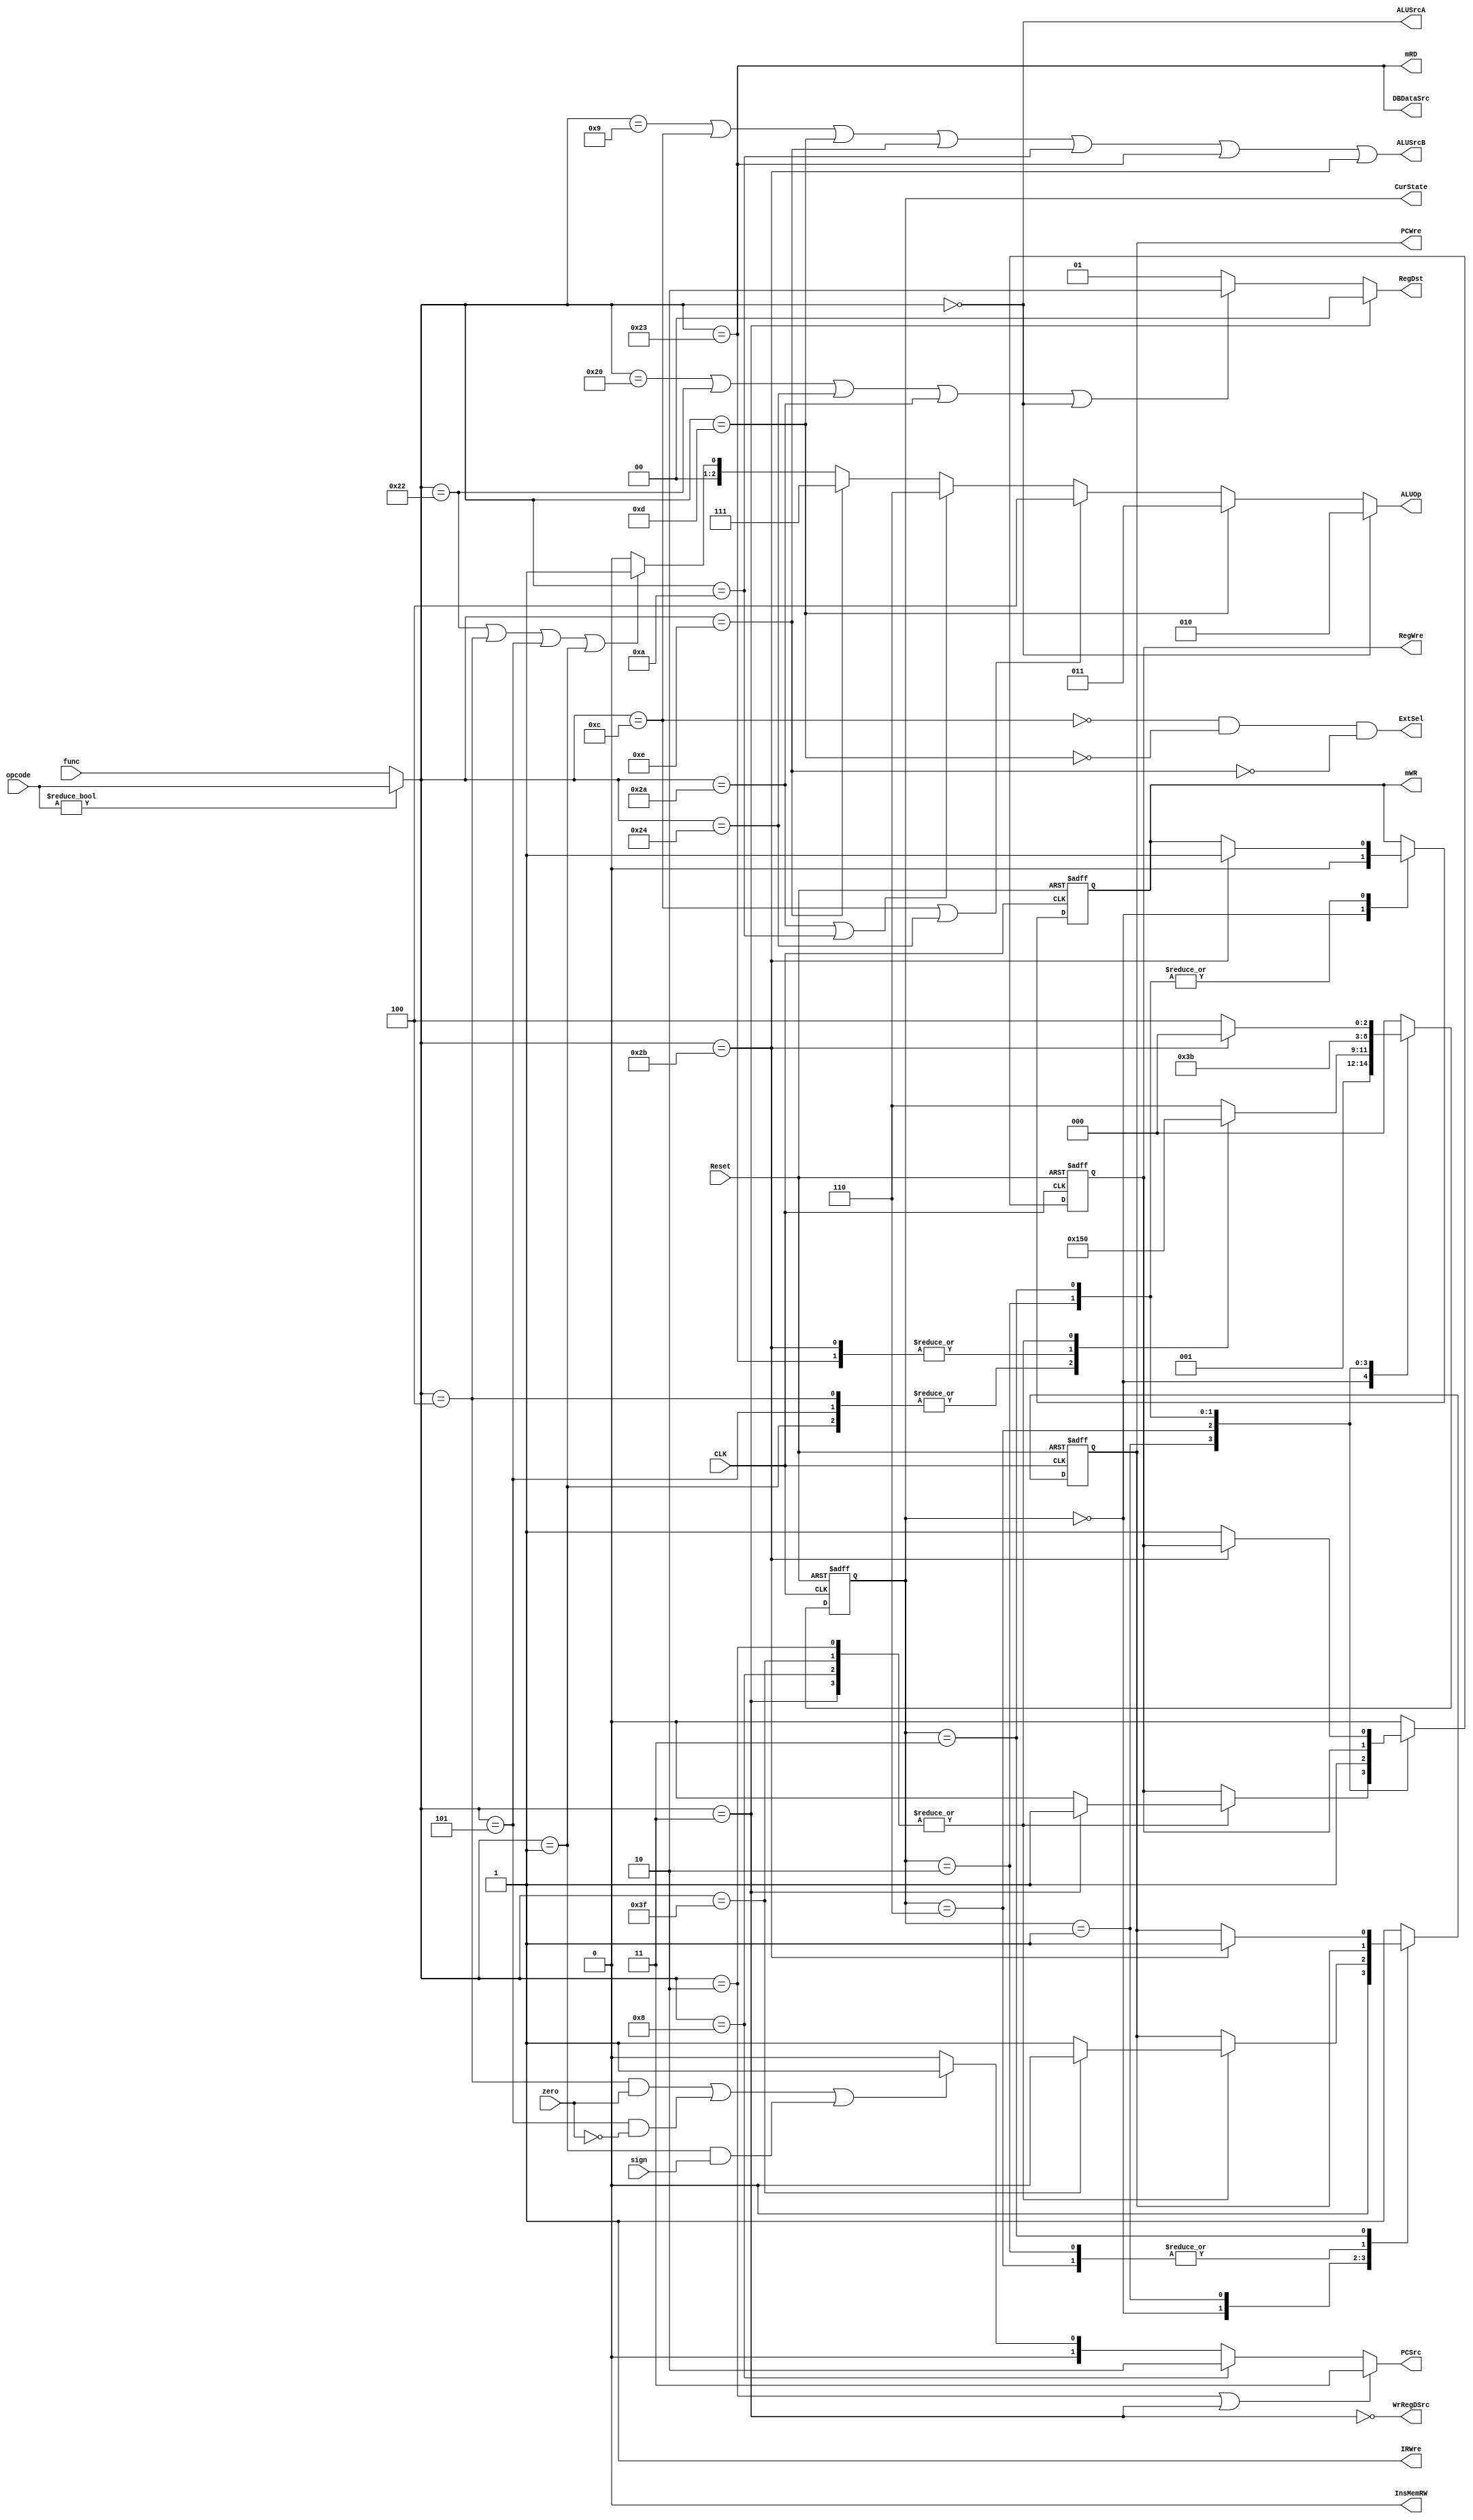
`timescale 1ns / 1ps
//////////////////////////////////////////////////////////////////////////////////
// Company: 
// Engineer: 
// 
// Design Name: 
// Module Name: ControlUnit
// Project Name: 
// Target Devices: 
// Tool Versions: 
// Description: 
// 
// Dependencies: 
// 
// Revision:
// Revision 0.01 - File Created
// Additional Comments:
// 
//////////////////////////////////////////////////////////////////////////////////


module ControlUnit(
    input CLK,
    input Reset,
    input zero,
    input sign,
    input[5:0] opcode,      //up 6 bits of instruction, if opcode == 000000, use func
    input[5:0] func,        //low 6 bits of instruction
    output reg PCWre,
    output reg[1:0] PCSrc,
    output reg ExtSel,
    output reg ALUSrcA,
    output reg ALUSrcB,
    output reg[2:0] ALUOp,
    output reg RegWre,
    output reg[1:0] RegDst,
    output reg mRD,
    output reg mWR,
    output reg DBDataSrc,
    output reg InsMemRW,
    output reg WrRegDSrc,
    output reg IRWre,
    output reg[2:0] CurState
    );
    
    //if opcode == 000000, then replace opcode with func
    wire[5:0] _opcode = opcode ? opcode : func;    
    //opcode ref 
    parameter ADD =     6'b100000;
    parameter SUB =     6'b100010;
    parameter ADDIU =   6'b001001;
    parameter ANDI =    6'b001100;
    parameter AND =     6'b100100;
    parameter ORI =     6'b001101;
    parameter OR =      6'b100101;
    parameter SLL =     6'b000000;
    parameter SLTI =    6'b001010;
    parameter SW =      6'b101011;
    parameter LW =      6'b100011;
    parameter BEQ =     6'b000100;
    parameter BNE =     6'b000101;
    parameter BLTZ =    6'b000001;
    parameter J =       6'b000010;
    parameter HALT =    6'b111111;
    parameter XORI =    6'b001110;
    parameter SLT =     6'b101010;
    parameter JR =      6'b001000;
    parameter JAL =     6'b000011;
    //ALUop ref
    parameter opADD =    3'b000;//ADD, ADDIU
    parameter opSUB =    3'b001;//SUB, BEQ, BNE, BLTE
    parameter opSLL =    3'b010;//SLL
    parameter opOR =     3'b011;//ORI, OR
    parameter opAND =    3'b100;//ANDI, AND
    parameter opSLTU =   3'b101;
    parameter opSLT =    3'b110;
    parameter opXOR =    3'b111;    
    //state
    parameter IF =       3'b000;
    parameter ID =       3'b001;
    parameter EXELS =    3'b010;//LW SW
    parameter MEM =      3'b011;
    parameter WBL=       3'b100;//LW
    parameter EXEBR =    3'b101;//BRANCH
    parameter EXEAL =    3'b110;//Arithmetic and Logic
    parameter WBAL =     3'b111;
    
    wire IS_ADD =       (_opcode == ADD);
    wire IS_SUB =       (_opcode == SUB);
    wire IS_ADDIU =     (_opcode == ADDIU);
    wire IS_ANDI =      (_opcode == ANDI);
    wire IS_AND =       (_opcode == AND);
    wire IS_ORI =       (_opcode == ORI);
    wire IS_OR =        (_opcode == OR);
    wire IS_SLL =       (_opcode == SLL);
    wire IS_SLTI =      (_opcode == SLTI);
    wire IS_SW =        (_opcode == SW);
    wire IS_LW =        (_opcode == LW);
    wire IS_BEQ =       (_opcode == BEQ);
    wire IS_BNE =       (_opcode == BNE);
    wire IS_BLTZ =      (_opcode == BLTZ);
    wire IS_J =         (_opcode == J);
    wire IS_HALT =      (_opcode == HALT);
    wire IS_SLT =       (_opcode == SLT);
    wire IS_XORI =      (_opcode == XORI);
    wire IS_JR =        (_opcode == JR);
    wire IS_JAL =       (_opcode == JAL); 
    
    initial 
    begin
        //initially state is IF
        CurState = IF;
        IRWre =     1;
        InsMemRW =  0;
        PCWre =     0;
        ALUSrcB =   0;
        DBDataSrc = 0;
        RegWre =    0;
        WrRegDSrc = 0;
        mWR =       0;
        ExtSel =    0;
        PCSrc =     0;
        RegDst =    0;
        ALUOp =     0;
    end
    
    always@(negedge CLK or posedge Reset)
        begin      
            if(Reset)
                begin
                        CurState = IF;
                        //forbid any write
                        PCWre =    0;
                        RegWre =   0;
                        mWR =      0;
                end
            else
                begin
                    case(CurState)
                        //IF  ID
                        IF: begin
                                CurState = ID;
                                PCWre =     0;
                                mWR =       0;
                                RegWre =    0;
                            end
                        //ID -> EXE
                        ID:begin
                                case (_opcode)
                                    //BRANCH inschange to EXEBR
                                    BEQ, BNE, BLTZ:  
                                        CurState = EXEBR;
                                    //SW,LWchange to EXELS
                                    SW, LW:  
                                        CurState = EXELS;
                                    //J,JALJRHALTchange to IF
                                    J, JAL, JR, HALT:begin
                                       CurState=IF;
                                        //HALTforbid writing ins
                                        if (IS_HALT)  
                                            PCWre = 0;
                                        else  
                                            PCWre = 1;
                                        //JAL, ok to write regs
                                        if (IS_JAL)  
                                            RegWre = 1;
                                        else  
                                            RegWre = 0;
                                    end
                                    //otherwisechange to EXEAL
                                    default:  CurState = EXEAL;
                                endcase
                             end
                          //EXEAL -> WBAL
                         EXEAL:begin
                             CurState = WBAL;
                             RegWre = 1;
                         end
                         //EXELS -> MEM
                         EXELS:begin
                             CurState = MEM;
                             //SWallow to write datamen
                             if (IS_SW)  begin
                                mWR = 1;
                             end
                         end
                         //MEM -> WBL
                         MEM:begin
                             //SWMEM -> IF
                             if (IS_SW)begin
                                 CurState = IF;
                                 mWR = 1;
                                 PCWre = 1;
                             end
                             //LWMEM -> WBL
                             else begin
                                 CurState = WBL;
                                 RegWre = 1;
                             end
                         end
                         //defaulte -> IF
                         default:begin
                             CurState = IF;
                             PCWre = 1;
                             RegWre = 0;
                         end
                     endcase
                end
        end
      
      always@(_opcode or zero or sign)
        begin
            ALUSrcA =    IS_SLL;
            ALUSrcB =    IS_ADDIU || IS_ANDI || IS_ORI || IS_XORI || IS_SLTI || IS_LW || IS_SW;
            mRD =        IS_LW;
            DBDataSrc =  IS_LW;
            WrRegDSrc =  !IS_JAL;
            InsMemRW =   0;//always 0
            IRWre =      1;//always 1? seems this signal never matters
            ExtSel =     !IS_ANDI && !IS_ORI && !IS_XORI;
            PCSrc =      IS_J || IS_JAL ? 2'b11:
                         IS_JR ? 2'b10:
                         (IS_BEQ && zero) || (IS_BNE && !zero)||(IS_BLTZ && sign) ? 2'b01:
                         2'b00;
            RegDst =     IS_JAL ? 2'b00:
                         IS_ADD || IS_SUB || IS_AND || IS_SLT || IS_SLL ? 2'b10:
                         2'b01;
            ALUOp =     IS_SLL ? opSLL:
                        IS_ORI ? opOR:
                        IS_ANDI || IS_AND ? opAND:
                        IS_SLT || IS_SLTI ? opSLT:
                        IS_XORI ? opXOR : 
                        IS_SUB || IS_BEQ || IS_BNE || IS_BLTZ ? opSUB:
                        opADD;
                        /* Here is somthing important, we CAN NOT classify beq, bne, bltz to opSLT(making comparison),
                         * instead we group them in opSUB, the main reason is that for some ouputs, for example PCSrc[0]:
                         * its expression is relevant to both the opcode and the zero bit or sign bit, simply making
                         * comparison between 2 nums will not set zero and sign, so we must use opSUB to change them.
                         */
         end
endmodule
//    assign PCWre =      !IS_HALT;
//    assign PCSrc[1] =   IS_J;
//    assign PCSrc[0] =   (IS_BEQ && zero) || (IS_BNE && !zero) || (IS_BLTZ && sign);
//    assign ExtSel =     IS_SLTI || IS_SW || IS_LW || IS_BEQ || IS_BNE || IS_BLTZ || IS_ADDIU;//IS_ADDIU is here
//    assign ALUSrcA =    IS_SLL;
//    assign ALUSrcB =    IS_ADDIU || IS_ANDI || IS_ORI || IS_SLTI || IS_SW || IS_LW;
//    assign RegWre =     !IS_BEQ && !IS_BNE && !IS_BLTZ && !IS_SW && !IS_HALT;
//    assign RegDst =     IS_ADD || IS_SUB || IS_AND || IS_OR || IS_SLL;
//    assign mRD =        IS_LW;
//    assign mWR =        IS_SW;
//    assign DBDataSrc =  IS_LW;  
//    assign InsMemRW =   0;
//    assign ALUOp =      (IS_ADD || IS_ADDIU) ? opADD :
//                        (IS_ANDI || IS_AND) ? opAND :
//                        (IS_ORI || IS_OR) ? opOR :
//                        (IS_SLL) ? opSLL :
//                        (IS_SUB || IS_BEQ || IS_BNE || IS_BLTZ) ? opSUB : opSLT;
                        /* Here is somthing important, we CAN NOT classify beq, bne, bltz to opSLT(making comparison),
                         * instead we group them in opSUB, the main reason is that for some ouputs, for example PCSrc[0]:
                         * its expression is relevant to both the opcode and the zero bit or sign bit, simply making
                         * comparison between 2 nums will not set zero and sign, so we must use opSUB to change them.
                         */